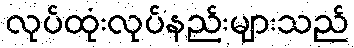
လုပ်ထုံးလုပ်နည်းများသည်